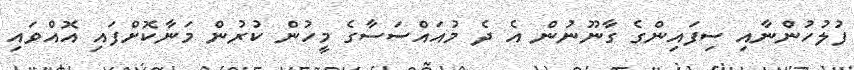
ފުލުހުންނާއި ސިފައިންގެ ގާނޫނުން އެ ދެ މުއައްސަސާގެ މީހުން ކުރުން މަނާކޮށްފައި އޮއްވައި